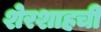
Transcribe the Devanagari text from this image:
शेरशाहची